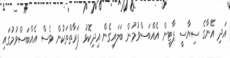
އަދި އޭނާގެ ސިޔާސީ ޕާޓީން އެއްބަސްވުމުން ބަލައިގެން އިދިކޮޅު ފަރާތްތަކުން ވެސް އެއްބަސްވުމުގައި